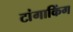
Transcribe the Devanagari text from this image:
टांगाकिंग